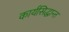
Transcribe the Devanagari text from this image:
कार्यसिद्धान्त